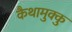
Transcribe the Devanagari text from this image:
कैथामुक्कु